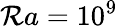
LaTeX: \mathcal{R}a=10^{9}